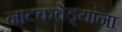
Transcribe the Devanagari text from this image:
नाटकवेड्यांना